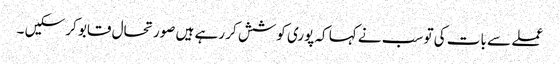
عملے سے بات کی تو سب نے کہا کہ پوری کوشش کر رہے ہیں صورتحال قابو کر سکیں ۔